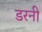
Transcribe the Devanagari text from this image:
डरनी